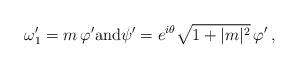
LaTeX: \begin{align*}\omega_1'=m \,\varphi'{\rm and} \psi'=e^{i\theta} \sqrt{1+|m|^2}\,\varphi^\prime\,,\end{align*}